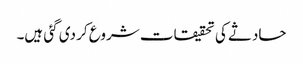
حادثے کی تحقیقات شروع کر دی گئی ہیں۔